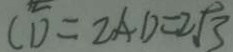
C D = 2 A D = 2 \sqrt { 3 }